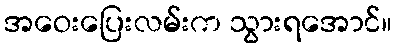
အဝေးပြေးလမ်းက သွားရအောင်။